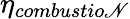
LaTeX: \eta_{combustio\mathscr{N}}